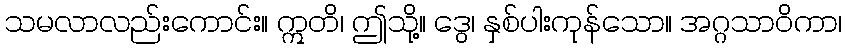
သမလာလည်းကောင်း။ ဣတိ၊ ဤသို့။ ဒွေ၊ နှစ်ပါးကုန်သော။ အဂ္ဂသာဝိကာ၊